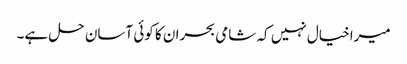
میراخیال نہیں کہ شامی بحران کا کوئی آسان حل ہے۔